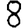
Digit: 8